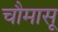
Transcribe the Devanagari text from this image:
चौमासू